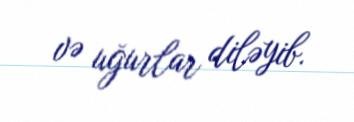
və uğurlar diləyib.